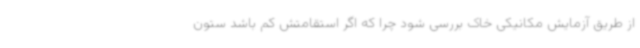
از طریق آزمایش مکانیکی خاک بررسی شود چرا که اگر استقامتش کم باشد ستون